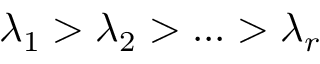
\lambda _ { 1 } > \lambda _ { 2 } > . . . > \lambda _ { r }